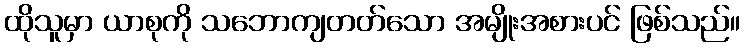
ထိုသူမှာ ယာစုကို သဘောကျတတ်သော အမျိုးအစားပင် ဖြစ်သည်။